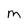
Character: M